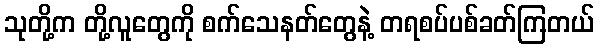
သုတို့က တို့လူတွေကို စက်သေနတ်တွေနဲ့ တရစပ်ပစ်ခတ်ကြတယ်